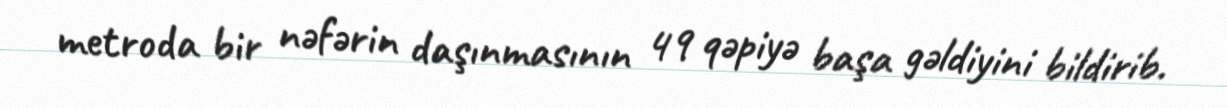
metroda bir nəfərin daşınmasının 49 qəpiyə başa gəldiyini bildirib.